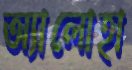
অ্যালোহা